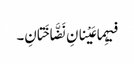
فیہِما عَیْنانِ نَضَّاخَتانِ۔